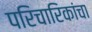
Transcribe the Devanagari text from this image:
परिचारिकांचा